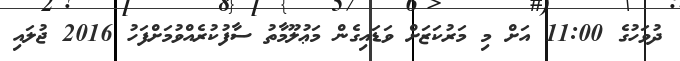
ދުވަހުގެ 11:00 އަށް މި މަރުކަޒަށް ވަޑައިގެން މަޢުލޫމާތު ސާފުކުރެއްވުމަށްފަހު 2016 ޖުލައި